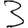
Digit: 3